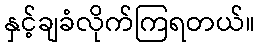
နှင့်ချခံလိုက်ကြရတယ်။